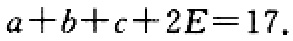
\(a + b + c + 2E = 17\)